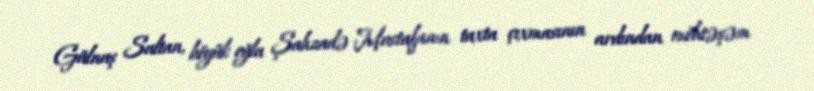
Gülnuş Sultan, böyük oğlu Şahzadə Mustafanın taxta çıxmasının ardından möhtəşəm